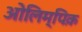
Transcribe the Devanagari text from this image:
ओलिम्पिक़